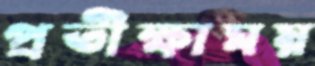
প্রতীক্ষাময়